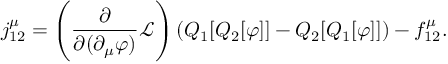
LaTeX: j _ { 1 2 } ^ { \mu } = \left( { \frac { \partial } { \partial ( \partial _ { \mu } \varphi ) } } { \mathcal { L } } \right) ( Q _ { 1 } [ Q _ { 2 } [ \varphi ] ] - Q _ { 2 } [ Q _ { 1 } [ \varphi ] ] ) - f _ { 1 2 } ^ { \mu } .